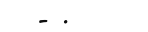
- .